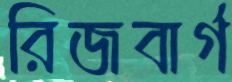
রিজবার্গ